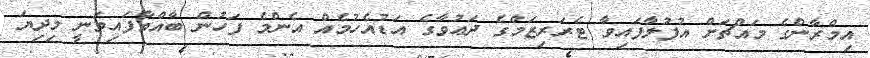
އިމްރާންގެ މައްޗަށް އުފުލާފައިވާ ޓެރަރިޒަމްގެ ދަޢުވާގެ އަޑުއެހުމެއް އެންމެ ފަހުން ބާއްވާފައިވަނީ މިދިޔަ